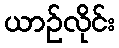
ယာဉ်လိုင်း